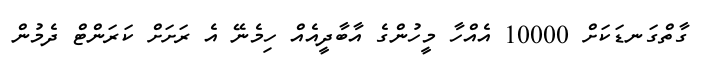
ގާތްގަނޑަކަށް 10000 އެއްހާ މީހުންގެ އާބާދީއެއް ހިމެނޭ އެ ރަށަށް ކަރަންޓް ދެމުން